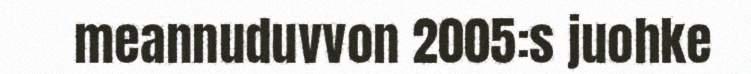
meannuduvvon 2005:s juohke